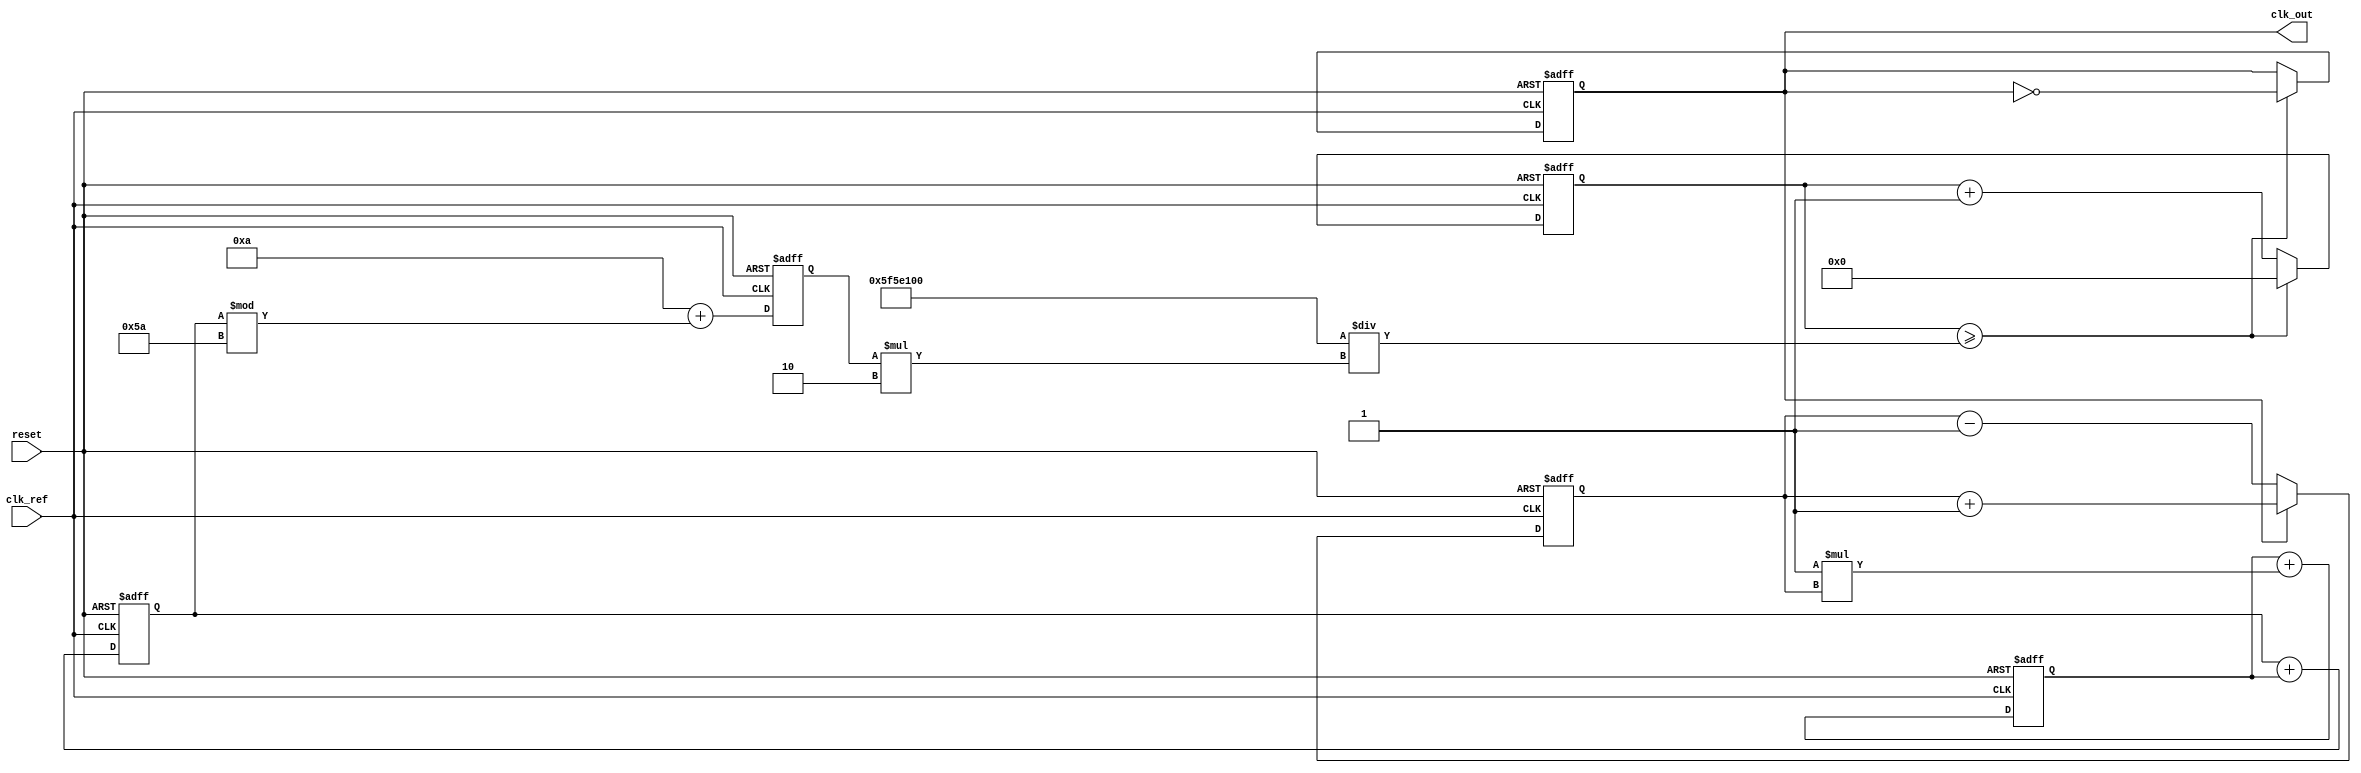
module type2_pll (
    input wire clk_ref,           // Reference clock input
    input wire reset,             // Reset signal
    output reg clk_out            // Output clock
);

    // Parameters
    parameter integer VCO_MAX_FREQ = 100; // Maximum frequency for VCO
    parameter integer VCO_MIN_FREQ = 10;   // Minimum frequency for VCO
    parameter integer Kp = 5;               // Proportional gain
    parameter integer Ki = 1;               // Integral gain
    parameter integer CLK_DIV = 2;          // Divider for feedback

    // Internal signals
    reg [31:0] phase_error;                 // Phase error signal
    reg [31:0] control_voltage;              // Control voltage for VCO
    reg [31:0] vco_freq;                     // Current frequency of VCO
    reg [31:0] vco_count;                    // VCO counter for clock generation
    reg [31:0] integrator;                   // Integrator output

    // Phase Detector
    always @(posedge clk_ref or posedge reset) begin
        if (reset) begin
            phase_error <= 0;
        end else begin
            // Simple phase error detection (for demonstration)
            // This assumes clk_out is also available here, in practice, you may need to sample it
            if (clk_out) begin
                phase_error <= phase_error + 1; // Increment if clk_out is high
            end else begin
                phase_error <= phase_error - 1; // Decrement if clk_out is low
            end
        end
    end

    // Loop Filter (Integrator + Proportional)
    always @(posedge clk_ref or posedge reset) begin
        if (reset) begin
            integrator <= 0;
            control_voltage <= 0;
        end else begin
            // Proportional part
            control_voltage <= Kp * phase_error;
            // Integrator part
            integrator <= integrator + (Ki * phase_error);
            // Update control voltage
            control_voltage <= control_voltage + integrator;
        end
    end

    // Voltage-Controlled Oscillator (VCO)
    always @(posedge clk_ref or posedge reset) begin
        if (reset) begin
            vco_freq <= VCO_MIN_FREQ; // Start at minimum frequency
            vco_count <= 0;
            clk_out <= 0;
        end else begin
            // Update VCO frequency based on control voltage
            vco_freq <= VCO_MIN_FREQ + (control_voltage % (VCO_MAX_FREQ - VCO_MIN_FREQ));

            // Generate output clock based on VCO frequency
            if (vco_count >= (100000000 / (vco_freq * CLK_DIV))) begin // Assuming 100MHz reference clock
                clk_out <= ~clk_out; // Toggle the output clock
                vco_count <= 0;
            end else begin
                vco_count <= vco_count + 1;
            end
        end
    end

endmodule